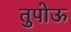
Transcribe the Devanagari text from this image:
तुपोऊ